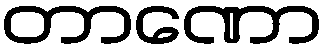
တာဏော